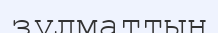
зұлматтың